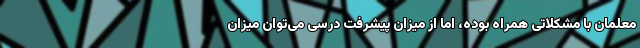
معلمان با مشکلاتی همراه بوده، اما از میزان پیشرفت درسی می‌توان میزان